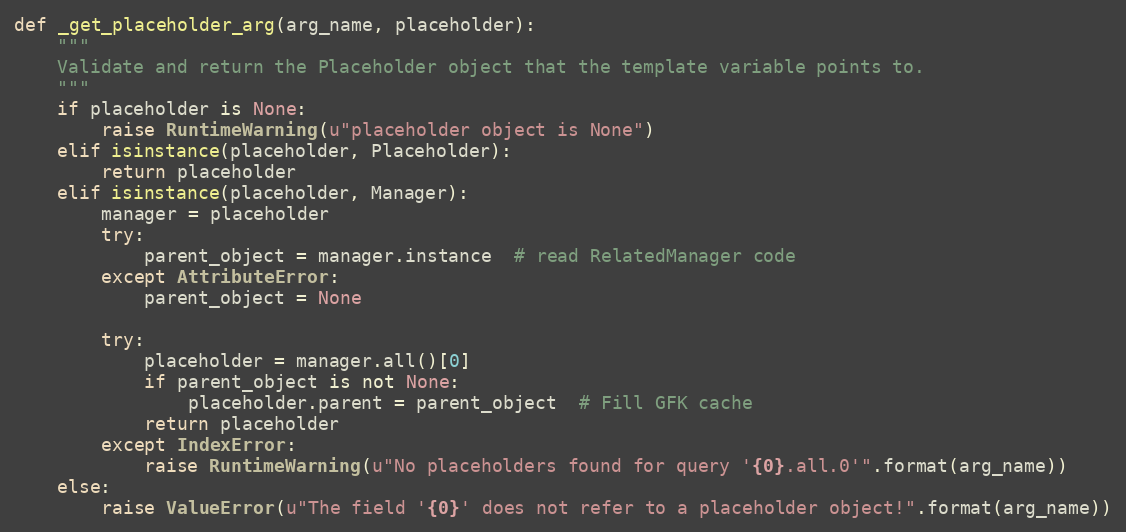
Language: Python
def _get_placeholder_arg(arg_name, placeholder):
    """
    Validate and return the Placeholder object that the template variable points to.
    """
    if placeholder is None:
        raise RuntimeWarning(u"placeholder object is None")
    elif isinstance(placeholder, Placeholder):
        return placeholder
    elif isinstance(placeholder, Manager):
        manager = placeholder
        try:
            parent_object = manager.instance  # read RelatedManager code
        except AttributeError:
            parent_object = None

        try:
            placeholder = manager.all()[0]
            if parent_object is not None:
                placeholder.parent = parent_object  # Fill GFK cache
            return placeholder
        except IndexError:
            raise RuntimeWarning(u"No placeholders found for query '{0}.all.0'".format(arg_name))
    else:
        raise ValueError(u"The field '{0}' does not refer to a placeholder object!".format(arg_name))